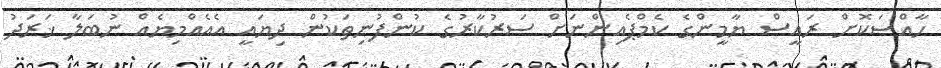
ހާއްސަކޮށް ރައީސް ޔާމީންގެ ކެމްޕެއިންނަށް ސަރުކާރުގެ ކުންފުނިތަކުން ދިޔައީ އެއެއްމިޔެއް ނުބަލާ ޚަރަދު